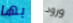
بها ورود